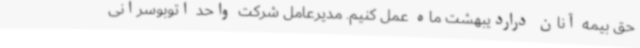
حق بیمه آنان دراردیبهشت ماه عمل کنیم. مدیرعامل شرکت واحد اتوبوسرانی